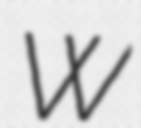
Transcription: W